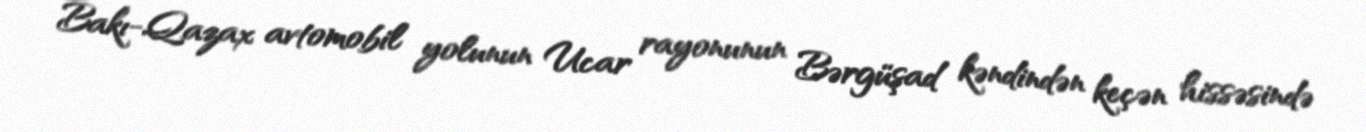
Bakı-Qazax avtomobil yolunun Ucar rayonunun Bərgüşad kəndindən keçən hissəsində